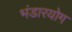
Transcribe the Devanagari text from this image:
भंडारयोग